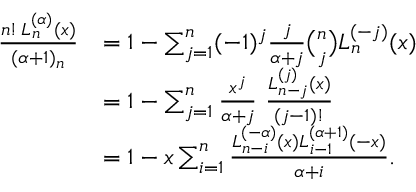
{ \begin{array} { r l } { { \frac { n ! \, L _ { n } ^ { ( \alpha ) } ( x ) } { ( \alpha + 1 ) _ { n } } } } & { = 1 - \sum _ { j = 1 } ^ { n } ( - 1 ) ^ { j } { \frac { j } { \alpha + j } } { \binom { n } { j } } L _ { n } ^ { ( - j ) } ( x ) } \\ & { = 1 - \sum _ { j = 1 } ^ { n } { \frac { x ^ { j } } { \alpha + j } } \, \, { \frac { L _ { n - j } ^ { ( j ) } ( x ) } { ( j - 1 ) ! } } } \\ & { = 1 - x \sum _ { i = 1 } ^ { n } { \frac { L _ { n - i } ^ { ( - \alpha ) } ( x ) L _ { i - 1 } ^ { ( \alpha + 1 ) } ( - x ) } { \alpha + i } } . } \end{array} }